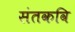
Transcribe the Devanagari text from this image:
संतकवि